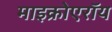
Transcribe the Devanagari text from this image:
माइक्रोएरॉय